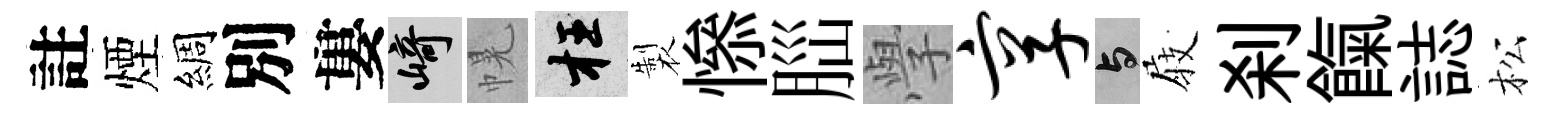
註煙綢別婁崎幌枉製𢡖𦛁𭓕享与𡲆刹餼誌松